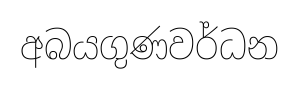
අබයගුණවර්ධන